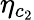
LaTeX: \eta_{c_{2}}